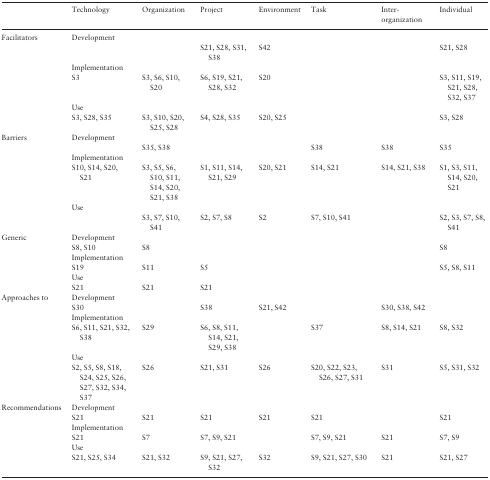
<table><thead><tr><td></td><td><b>Technology</b></td><td><b>Organization</b></td><td><b>Project</b></td><td><b>Environment</b></td><td><b>Task</b></td><td><b>Inter- organization</b></td><td><b>Individual</b></td></tr></thead><tbody><tr><td rowspan="6">Facilitators</td><td colspan="7">Development</td></tr><tr><td></td><td></td><td>S21, S28, S31, S38</td><td>S42</td><td></td><td></td><td>S21, S28</td></tr><tr><td colspan="7">Implementation</td></tr><tr><td>S3</td><td>S3, S6, S10, S20</td><td>S6, S19, S21, S28, S32</td><td>S20</td><td></td><td></td><td>S3, S11, S19, S21, S28, S32, S37</td></tr><tr><td colspan="7">Use</td></tr><tr><td>S3, S28, S35</td><td>S3, S10, S20, S25, S28</td><td>S4, S28, S35</td><td>S20, S25</td><td></td><td></td><td>S3, S28</td></tr><tr><td rowspan="6">Barriers</td><td colspan="7">Development</td></tr><tr><td></td><td>S35, S38</td><td></td><td></td><td>S38</td><td>S38</td><td>S35</td></tr><tr><td colspan="7">Implementation</td></tr><tr><td>S10, S14, S20, S21</td><td>S3, S5, S6, S10, S11, S14, S20, S21, S38</td><td>S1, S11, S14, S21, S29</td><td>S20, S21</td><td>S14, S21</td><td>S14, S21, S38</td><td>S1, S3, S11, S14, S20, S21</td></tr><tr><td colspan="7">Use</td></tr><tr><td></td><td>S3, S7, S10, S41</td><td>S2, S7, S8</td><td>S2</td><td>S7, S10, S41</td><td></td><td>S2, S3, S7, S8, S41</td></tr><tr><td rowspan="6">Generic</td><td colspan="7">Development</td></tr><tr><td>S8, S10</td><td>S8</td><td></td><td></td><td></td><td></td><td>S8</td></tr><tr><td colspan="7">Implementation</td></tr><tr><td>S19</td><td>S11</td><td>S5</td><td></td><td></td><td></td><td>S5, S8, S11</td></tr><tr><td colspan="7">Use</td></tr><tr><td>S21</td><td>S21</td><td>S21</td><td></td><td></td><td></td><td></td></tr><tr><td rowspan="6">Approaches to</td><td colspan="7">Development</td></tr><tr><td>S30</td><td></td><td>S38</td><td>S21, S42</td><td></td><td>S30, S38, S42</td><td></td></tr><tr><td colspan="7">Implementation</td></tr><tr><td>S6, S11, S21, S32, S38</td><td>S29</td><td>S6, S8, S11, S14, S21, S29, S38</td><td></td><td>S37</td><td>S8, S14, S21</td><td>S8, S32</td></tr><tr><td colspan="7">Use</td></tr><tr><td>S2, S5, S8, S18, S24, S25, S26, S27, S32, S34, S37</td><td>S26</td><td>S21, S31</td><td>S26</td><td>S20, S22, S23, S26, S27, S31</td><td>S31</td><td>S5, S31, S32</td></tr><tr><td rowspan="6">Recommendations</td><td colspan="7">Development</td></tr><tr><td>S21</td><td>S21</td><td>S21</td><td>S21</td><td>S21</td><td></td><td>S21</td></tr><tr><td colspan="7">Implementation</td></tr><tr><td>S21</td><td>S7</td><td>S7, S9, S21</td><td></td><td>S7, S9, S21</td><td>S21</td><td>S7, S9</td></tr><tr><td colspan="7">Use</td></tr><tr><td>S21, S25, S34</td><td>S21, S32</td><td>S9, S21, S27, S32</td><td>S32</td><td>S9, S21, S27, S30</td><td>S21</td><td>S21, S27</td></tr></tbody></table>